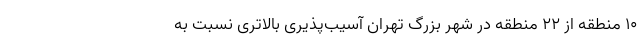
۱۰ منطقه از ۲۲ منطقه در شهر بزرگ تهران آسیب‌پذیری بالاتری نسبت به